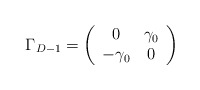
\begin{align*}\Gamma_{D-1} = \left(\begin{array}{cc} 0 & \gamma_0\\ -\gamma_0 &0\end{array}\right)\end{align*}